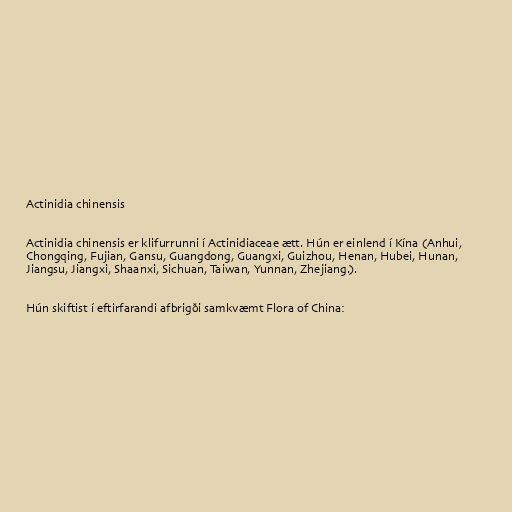
Actinidia chinensis

Actinidia chinensis er klifurrunni í Actinidiaceae ætt. Hún er einlend í Kína (Anhui,
Chongqing, Fujian, Gansu, Guangdong, Guangxi, Guizhou, Henan, Hubei, Hunan,
Jiangsu, Jiangxi, Shaanxi, Sichuan, Taiwan, Yunnan, Zhejiang.).

Hún skiftist í eftirfarandi afbrigði samkvæmt Flora of China: